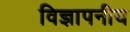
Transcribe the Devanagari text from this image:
विज्ञापनीय